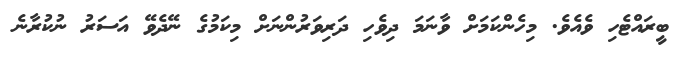
ބީރައްޓެހި ވެއެވެ. މިހެންކަމަށް ވާނަމަ ދިވެހި ދަރިވަރުންނަށް މިކަމުގެ ނޭދެވޭ އަސަރު ނުކުރާނެ